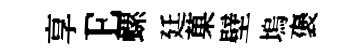
享E螺廷菓壁塢褒